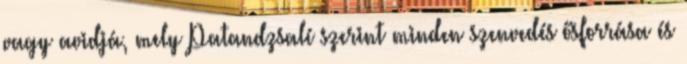
vagy avidjá, mely Patandzsalí szerint minden szenvedés ősforrása és